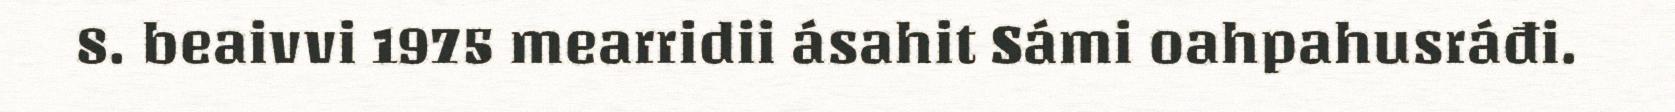
8. beaivvi 1975 mearridii ásahit Sámi oahpahusráđi.